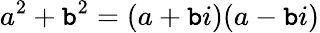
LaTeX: a^{2}+\mathtt{b}^{2}=(a+\mathtt{b}i)(a-\mathtt{b}i)